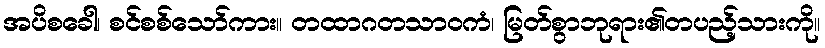
အပိစခေါ၊ စင်စစ်သော်ကား။ တထာဂတသာဝကံ၊ မြတ်စွာဘုရား၏တပည့်သားကို။